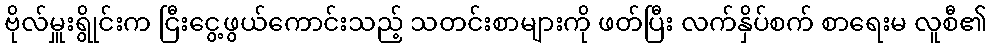
ဗိုလ်မှူးရွိုင်းက ငြီးငွေ့ဖွယ်ကောင်းသည့် သတင်းစာများကို ဖတ်ပြီး လက်နှိပ်စက် စာရေးမ လူစီ၏